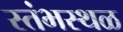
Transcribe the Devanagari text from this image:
स्तंभस्थळ